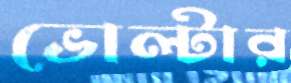
ভোল্টার